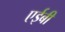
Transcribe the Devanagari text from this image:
एईबी